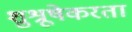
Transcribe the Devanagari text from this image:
शुश्रूषेकरता